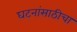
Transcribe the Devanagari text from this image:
घटनांसाठीचा